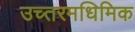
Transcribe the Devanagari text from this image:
उच्तरमधिमिक